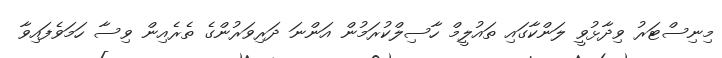
މިނިސްޓަރު ވިދާޅުވީ ލަންކާގައި ތައުލީމް ހާސިލްކުރަމުން އަންނަ ދަރިވަރުންގެ ތެރެއިން ވިސާ ހަމަވެފައިވާ